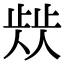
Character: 𣦁